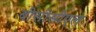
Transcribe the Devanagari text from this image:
बीसीसीएल